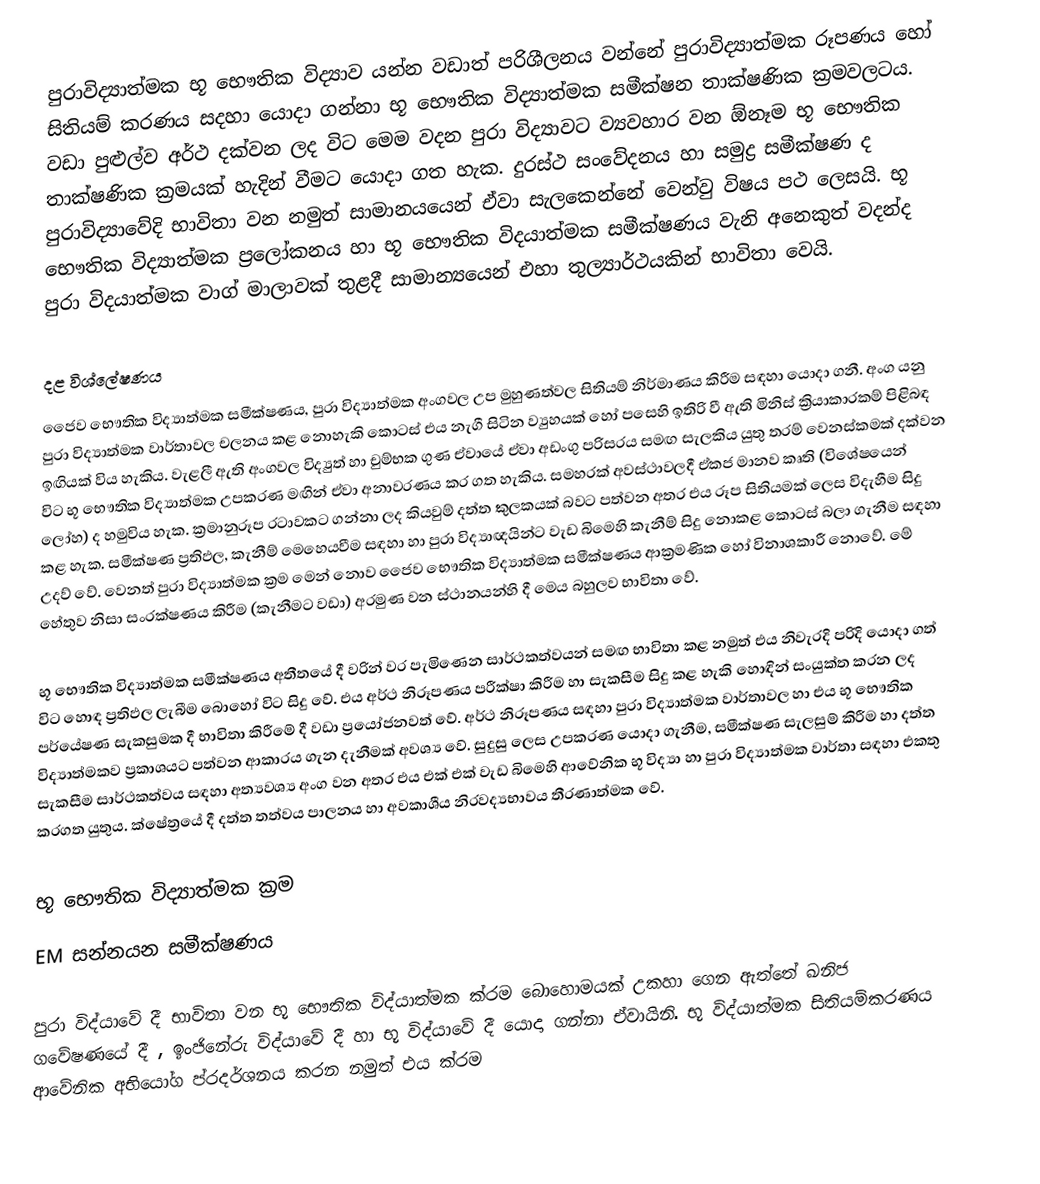
පුරාවිද්‍යාත්මක භූ භෞතික විද්‍යාව යන්න වඩාත් පරිශීලනය වන්නේ පුරාවිද්‍යාත්මක රූපණය හෝ සිතියම් කරණය සදහා යොදා ගන්නා භූ භෞතික විද්‍යාත්මක සමීක්ෂන තාක්ෂණික ක්‍රමවලටය. වඩා පුළුල්ව අර්ථ දක්වන ලද විට මෙම වදන පුරා විද්‍යාවට ව්‍යවහාර වන ඕනෑම භූ භෞතික තාක්ෂණික ක්‍රමයක් හැදින් වීමට යොදා ගත හැක. දුරස්ථ සංවේදනය හා සමුද්‍ර සමීක්ෂණ ද පුරාවිද්‍යාවේදි භාවිතා වන නමුත් සාමානයයෙන් ඒවා සැලකෙන්නේ වෙන්වු විෂය පථ ලෙසයි. භූ භෞතික විද්‍යාත්මක ප්‍රලෝකනය හා භූ භෞතික විදයාත්මක සමීක්ෂණය වැනි අනෙකුත් වදන්ද පුරා විදයාත්මක වාග් මාලාවක් තුළදී සාමාන්‍යයෙන් එහා තුල්‍යාර්ථයකින් භාවිතා වෙයි.

දළ විශ්ලේෂණය
ජෛව භෞතික විද්‍යාත්මක සමීක්ෂණය, පුරා විද්‍යාත්මක අංගවල උප මුහුණත්වල සිතියම් නිර්මාණය කිරීම සඳහා යොදා ගනී. අංග යනු පුරා විද්‍යාත්මක වාර්තාවල චලනය කළ නොහැකි කොටස් එය නැගී සිටින ව්‍යුහයක් හෝ පසෙහි ඉතිරි වී ඇති මිනිස් ක්‍රියාකාරකම් පිළිබඳ ඉඟියක් විය හැකිය. වැළලී ඇති අංගවල විද්‍යුත් හා චුම්භක ගුණ ඒවායේ ඒවා අඩංගු පරිසරය සමඟ සැලකිය යුතු තරම් වෙනස්කමක් දක්වන විට භූ භෞතික විද්‍යාත්මක උපකරණ මඟින් ඒවා අනාවරණය කර ගත හැකිය. සමහරක් අවස්ථාවලදී ඒකජ මානව කෘති (විශේෂයෙන් ලෝහ) ද හමුවිය හැක. ක්‍රමානුරූප රටාවකට ගන්නා ලද කියවුම් දත්ත කුලකයක් බවට පත්වන අතර එය රූප සිතියමක් ලෙස විදැහීම සිදු කළ හැක. සමීක්ෂණ ප්‍රතිඵල, කැනීම් මෙහෙයවීම සඳහා හා පුරා විද්‍යාඥයින්ට  වැඩ බිමෙහි කැ‍නීම් සිදු නොකළ කොටස් බලා ගැනීම සඳහා උදව් වේ. වෙනත් පුරා විද්‍යාත්මක ක්‍රම මෙන් නොව ජෛව භෞතික විද්‍යාත්මක සමීක්ෂණය ආක්‍රමණික හෝ විනාශකාරී නොවේ. මේ හේතුව නිසා සංරක්ෂණය කිරීම (කැනීමට වඩා) අරමුණ වන ස්ථානයන්හි දී මෙය බහුලව භාවිතා වේ.

භූ භෞතික විද්‍යාත්මක සමීක්ෂණය අතීතයේ දී වරින් වර පැමිණෙන සාර්ථකත්වයන් සමඟ භාවිතා කළ නමුත්  එය නිවැරදි පරිදි යොදා ගත් විට හොඳ ප්‍රතිඵල ලැබීම බොහෝ විට සිදු වේ. එය අර්ථ නිරූපණය පරීක්ෂා කිරීම හා සැකසීම සිදු කළ හැකි හොඳින් සංයුක්ත කරන ලද පර්යේෂණ සැකසුමක දී භාවිතා කිරීමේ දී වඩා ප්‍රයෝජනවත් වේ. අර්ථ නිරූපණය සඳහා පුරා විද්‍යාත්මක වාර්තාවල හා එය භූ භෞතික විද්‍යාත්මකව ප්‍රකාශයට පත්වන ආකාරය ගැන දැනීමක් අවශ්‍ය වේ. සුදුසු ලෙස උපකරණ යොදා ගැනීම, සමීක්ෂණ සැලසුම් කිරීම හා දත්ත සැකසීම සාර්ථකත්වය සඳහා අත්‍යවශ්‍ය අංග වන අතර එය එක් එක් වැඩ බිමෙහි ආවේනික භූ විද්‍යා හා පුරා විද්‍යාත්මක වාර්තා සඳහා එකතු කරගත යුතුය. ක්ෂේත්‍රයේ දී දත්ත තත්වය පාලනය හා අවකාශීය නිරවද්‍යභාවය තීරණාත්මක වේ.

භූ භෞතික විද්‍යාත්මක ක්‍රම
EM සන්නයන සමීක්ෂණය

පුරා විද්යාවේ දී භාවිතා වන භූ භෞතික විද්යාත්මක ක්රම බොහොමයක් උකහා ගෙන ඇත්තේ ඛනිජ ගවේෂණයේ දී , ඉංජිනේරු විද්යාවේ දී හා භූ විද්යාවේ දී යොදා ගන්නා ඒවායිනි. භූ විද්යාත්මක සිතියම්කරණය ආවේනික අභියෝග ප්රදර්ශනය කරන නමුත් එය ක්රම